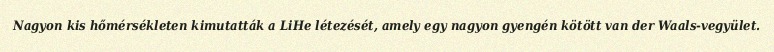
Nagyon kis hőmérsékleten kimutatták a LiHe létezését, amely egy nagyon gyengén kötött van der Waals-vegyület.